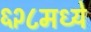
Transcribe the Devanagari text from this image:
६२८मध्ये